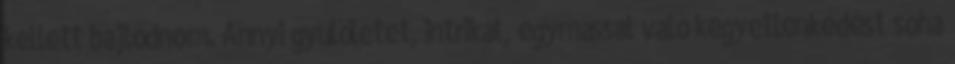
kellett bajlódnom. Annyi gyűlöletet, intrikát, egymással való kegyetlenkedést soha